General report no. 6 on the lunatic asylums, vaccination and dispensaries in the Bengal Presidency, 1873 -
Year: 1873
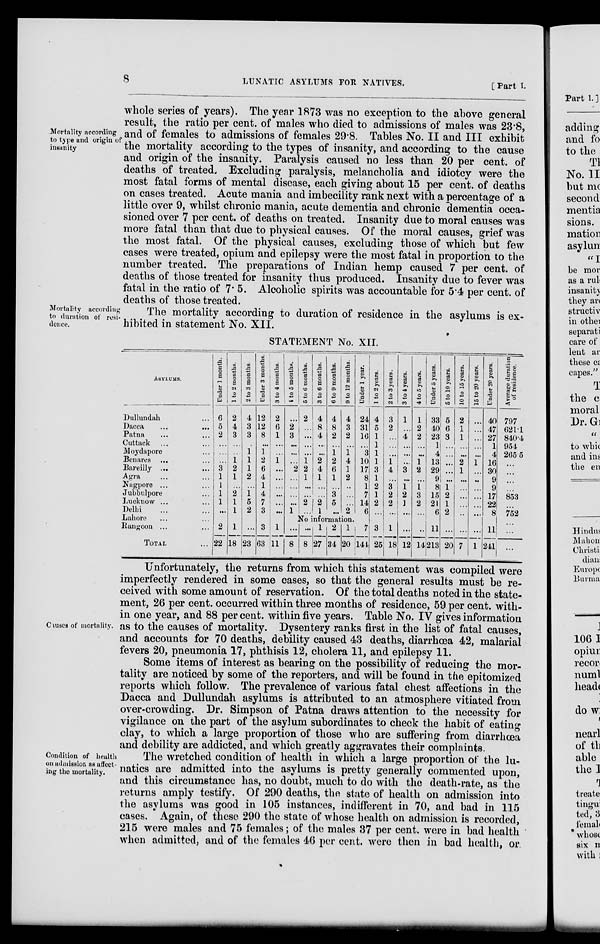
8
LUNATIC ASYLUMS FOR NATIVES.
[Part I.
Mortality according
to type and origin of
insanity
whole series of years). The year 1873 was no exception to the above general
result, the ratio per cent. of males who died to admissions of males was 23.8,
and of females to admissions of females 29.8. Tables No. II and III exhibit
the mortality according to the types of insanity, and according to the cause
and origin of the insanity. Paralysis caused no less than 20 per cent. of
deaths of treated. Excluding paralysis, melancholia and idiotcy were the
most fatal forms of mental disease, each giving about 15 per cent. of deaths
on cases treated. Acute mania and imbecility rank next with a percentage of a
little over 9, whilst chronic mania, acute dementia and chronic dementia occa-
sioned over 7 per cent. of deaths on treated. Insanity due to moral causes was
more fatal than that due to physical causes. Of the moral causes, grief was
the most fatal. Of the physical causes, excluding those of which but few
cases were treated, opium and epilepsy were the most fatal in proportion to the
number treated. The preparations of Indian hemp caused 7 per cent. of
deaths of those treated for insanity thus produced. Insanity due to fever was
fatal in the ratio of 7.5. Alcoholic spirits was accountable for 5.4 per cent. of
deaths of those treated.
Mortality according
to duration of resi-
dence,
The mortality according to duration of residence in the asylums is ex-
hibited in statement No. XII.
STATEMENT No. XII.
ASYLUMS.
Dullundah ...
Dacca
...
...
Patna ... ...
Cuttack ... ...
Moydapore ...
Benares ... ...
Bareilly ... ...
Agra ... ...
Nagpore ... ...
Jubbulpore ...
Lucltnow ... ...
Delhi ... ...
Lahore ... ...
Rangoon ... ...
TOTAL
Under 1 month.
6
5
2
...
...
...
3
1
1
1
1
...
1 to 2 months.
2
4
3
...
...
1
2
1
...
2
1
1
2 to 3 months.
4
3
3
...
1
1
1
2
...
1
5
2
Under 3 months.
12
12
8
...
1
2
6
4
1
4
7
3
3 to 4 months.
2
6
1
...
....
1
...
...
...
...
...
...
1 to 5 months.
...
2
3
...
...
...
2
...
...
...
...
1
5 to 6 months.
2
...
...
...
...
1
2
1
...
...
2
...
3 to 6 months.
4
8
4
...
...
2
4
1
...
1
2
1
6 to 9 months.
4 8
2
...
1
2
6
1
...
3
5
...
9 to 12 months.
4
3
2
...
1
4
1
2
...
...
...
2
Under 1 year.
24
31
16
...
3
10
17
8
1
7
14
6
1 to 2 years.
4
5
1
1
1
1
3
1
2
1
2
...
2 to 3 years.
3
2
...
...
...
1
4
...
3
2
2
...
3 to 4 years.
1
...
4
...
...
...
3
...
1
2
1
...
4 to 5 years.
1
2
2
...
...
1
2
...
1
3
2
...
Under 5 years.
33
40
23
1
4
13
29
9
8
15
21
6
6 to 10 years.
5
6
3
...
...
...
...
...
1
2
1
2
10 to 15 years.
2
1
1
...
...
2
1
...
...
...
...
...
15 to 20 years.
...
...
...
...
...
1
....
...
...
...
...
...
Under 20 years.
40
47
27
1
4
16
30
9
9
17
22
8
Average duration
of residence.
797
621.1
840.4
954
265.5
...
...
...
...
853
...
752
No information.
2
22
1
18
...
23
3
63
1
11
...
8
...
8
1
27
2
34
1
20
7
144
3
25
1
18
...
12
...
14
11
213
...
20
...
7
...
1
11
241
...
...
Causes of mortality.
Unfortunately, the returns from which this statement was compiled were
imperfectly rendered in some cases, so that the general results must be re-
ceived with some amount of reservation. Of the total deaths noted in the state-
ment, 26 per cent. occurred within three months of residence, 59 per cent. with¬
in one year, and 88 per cent. within five years. Table No. IV gives information
as to the causes of mortality. Dysentery ranks first in the list of fatal causes,
and accounts for 70 deaths, debility caused 43 deaths, diarrhœa 42, malarial
fevers 20, pneumonia 17, phthisis 12, cholera 11, and. epilepsy 11.
Some items of interest as bearing on the possibility of reducing the mor-
tality are noticed by some of the reporters, and will be found in the epitomized
reports which follow. The prevalence of various fatal chest affections in the
Dacca and Dullundah asylums is attributed to an atmosphere vitiated from
over-crowding. Dr. Simpson of Patna draws attention to the necessity for
vigilance on the part of the asylum subordinates to check the habit of eating
clay, to which a large proportion of those who are suffering from diarrhoea
and debility are addicted, and which greatly aggravates their complaints.
Condition of health
on admission as affect-
ing the mortality.
The wretched condition of health in which a large proportion of the lu-
natics are admitted into the asylums is pretty generally commented upon,
and this circumstance has, no doubt, much to do with the death-rate, as the
returns amply testify. Of 290 deaths, the state of health on admission into
the asylums was good in 105 instances, indifferent in 70, and bad in 115
cases. Again, of these 290 the state of whose health on admission is recorded,
215 were males and 75 females; of the males 37 per cent. were in bad health
when admitted, and of the females 46 per cent. were then in bad health, or